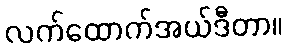
လက်ထောက်အယ်ဒီတာ။